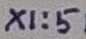
Text: X1:5